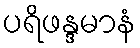
ပရိဖန္ဒမာနံ